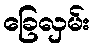
ခြေလှမ်း